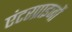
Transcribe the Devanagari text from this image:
एंटरप्राइजों